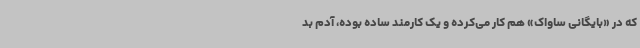
که در «بایگانی ساواک» هم کار می‌کرده و یک کارمند ساده بوده، آدم بد